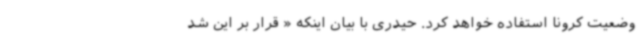
وضعیت کرونا استفاده خواهد کرد. حیدری با بیان اینکه « قرار بر این شد